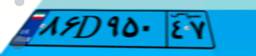
۸۱D۱۳۶۳۴